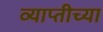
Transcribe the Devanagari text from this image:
व्याप्तीच्या